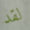
لقد